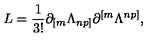
L = { \frac { 1 } { 3 ! } } \partial _ { [ m } \Lambda _ { n p ] } \partial ^ { [ m } \Lambda ^ { n p ] } ,